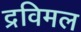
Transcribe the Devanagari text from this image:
द्रविमल